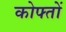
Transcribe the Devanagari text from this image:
कोफ्तों